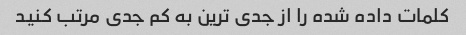
کلمات داده شده را از جدی ترین به کم جدی مرتب کنید